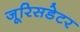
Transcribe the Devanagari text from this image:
जूरिसडेटर